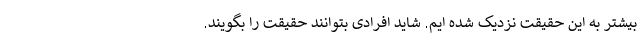
بیشتر به این حقیقت نزدیک شده ایم. شاید افرادی بتوانند حقیقت را بگویند.